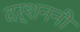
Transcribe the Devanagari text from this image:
दर्शननी